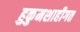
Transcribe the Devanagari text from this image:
हुकुमशाहीगत